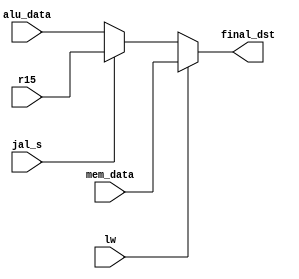
module LW_MUX(mem_data, alu_data, lw, final_dst, r15, jal_s);

input [15:0] mem_data, alu_data,r15;  //input from memory, ALU and R15
input lw, jal_s;	              //select signal for jal and lw instruction.
		  	
output [15:0] final_dst; 


assign final_dst = (lw)? mem_data :	//set dst as data out from memory if it's lw instruction
		   (jal_s)? r15 : 	//set dst as link register if it's jal_s instruction
			alu_data;	//else dst reads from alu result

endmodule